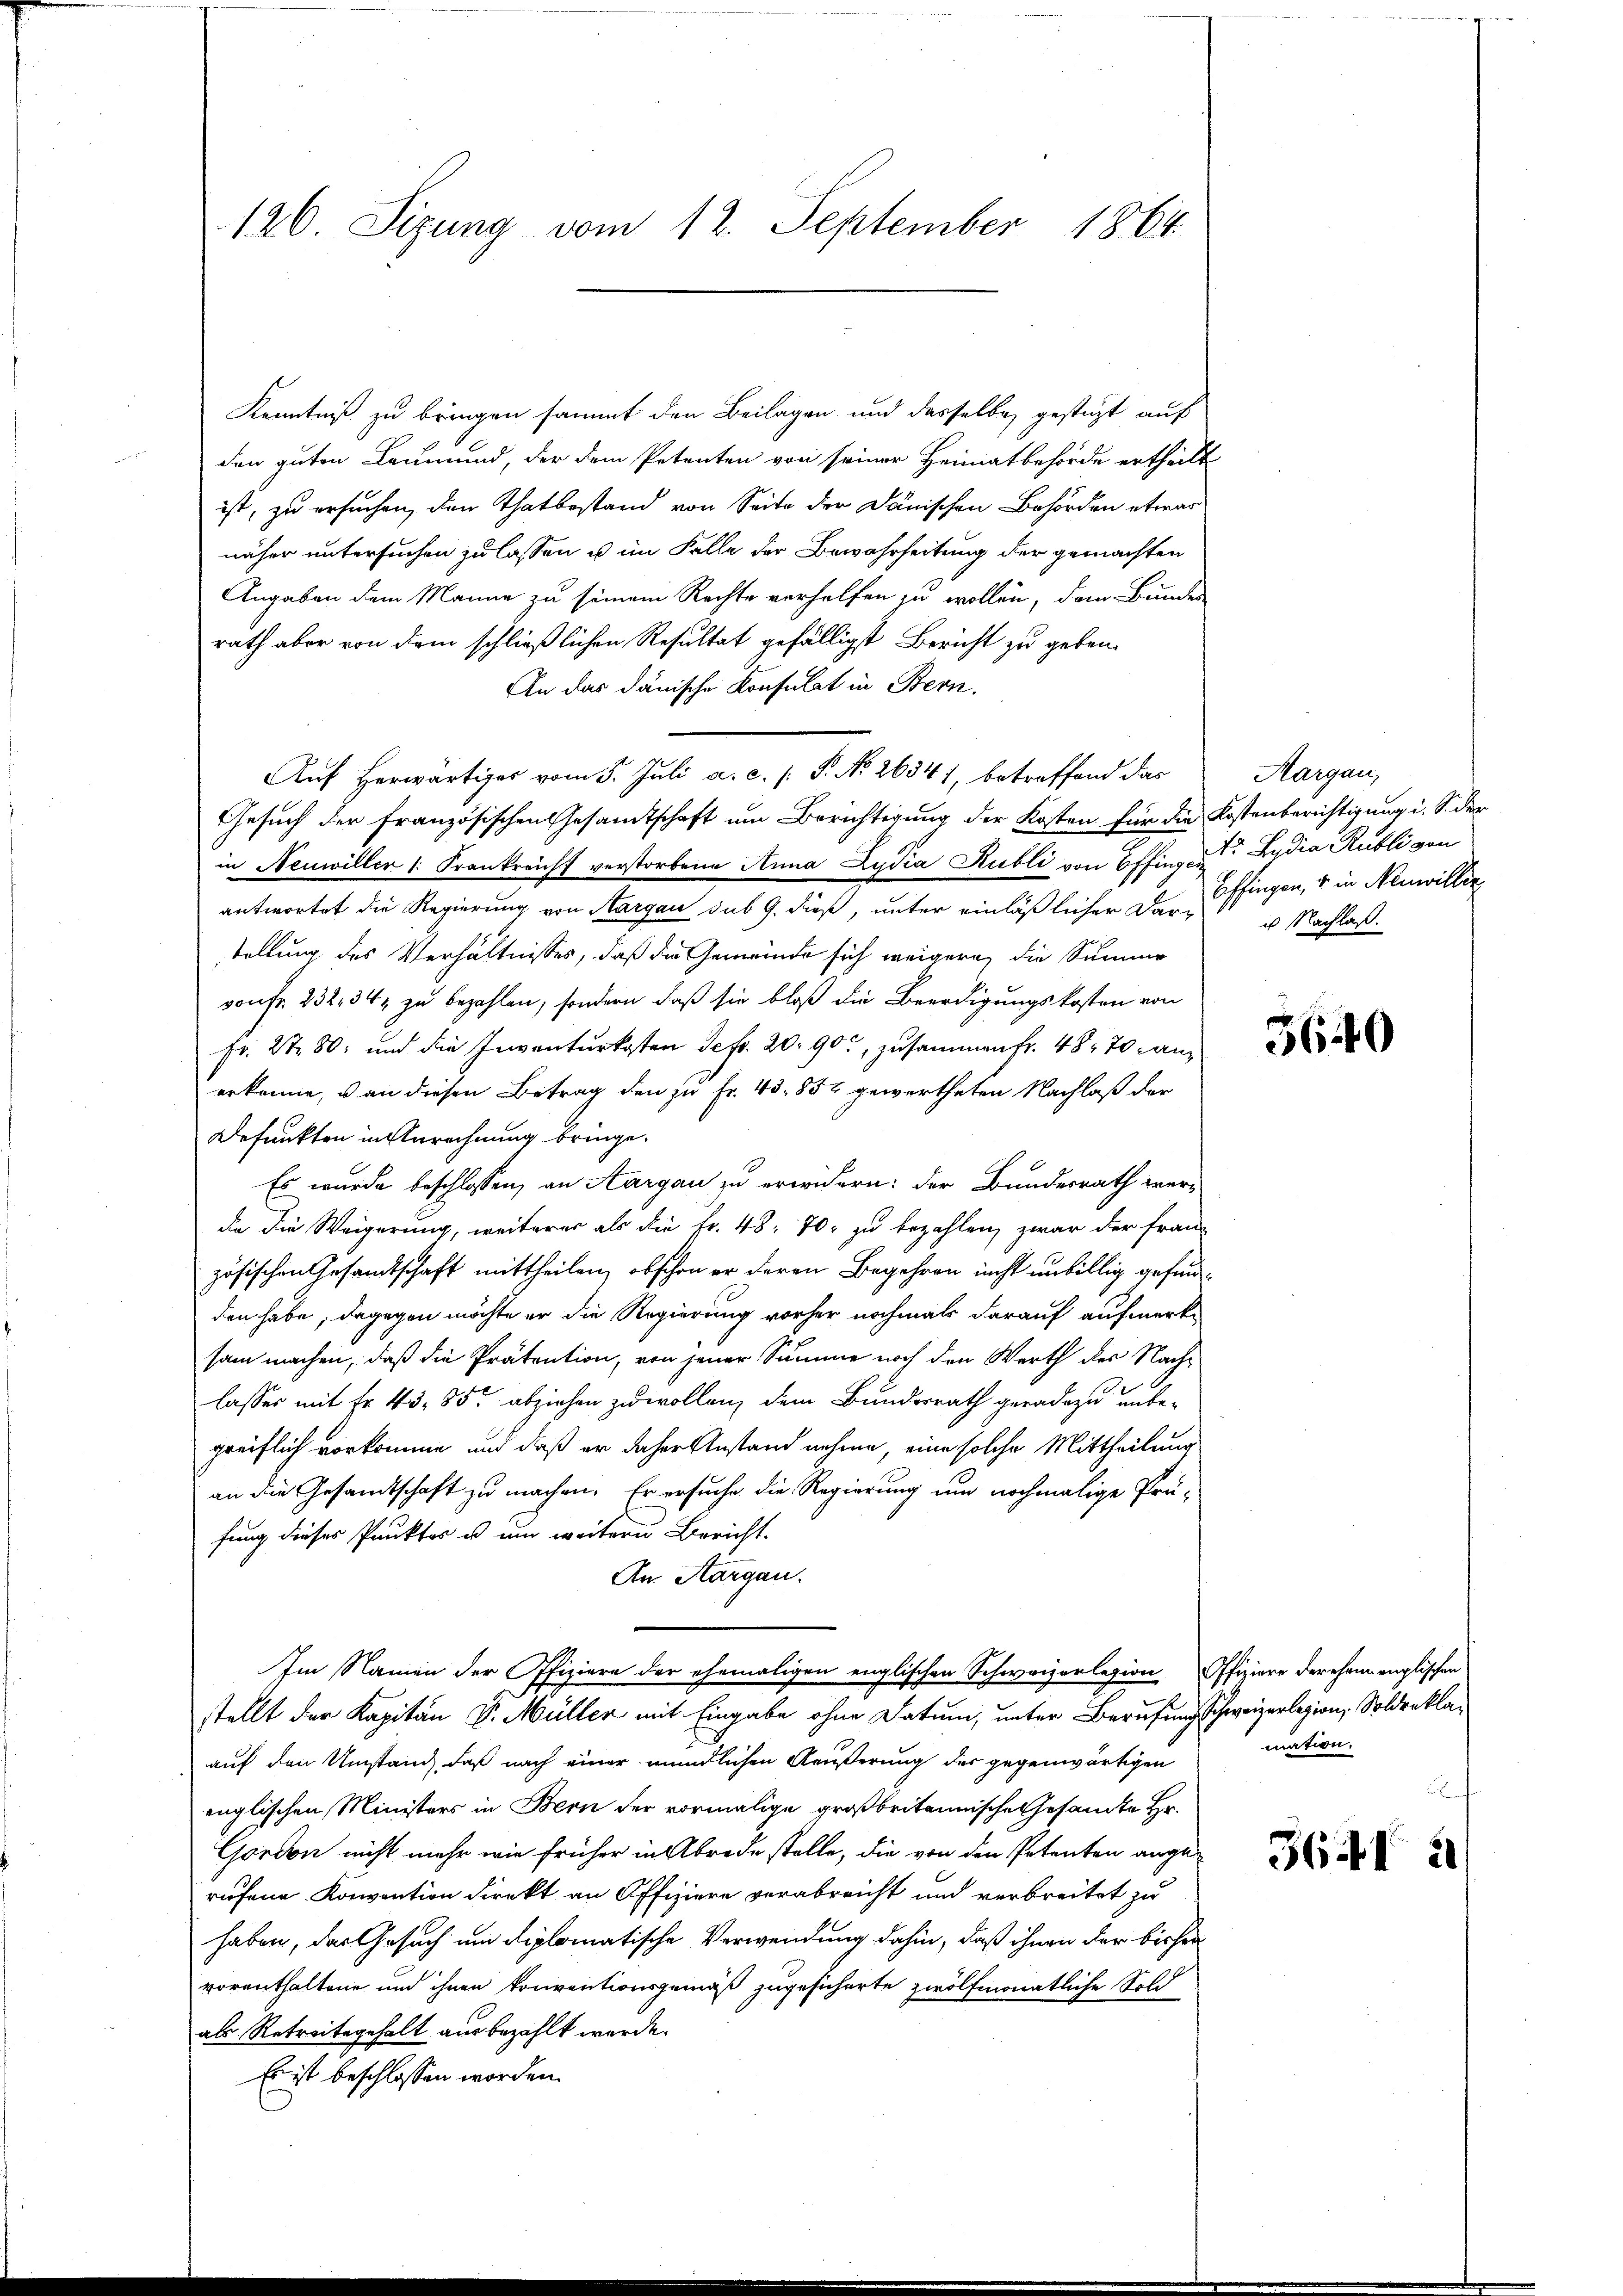
126. Sizung vom 12. September 1864.

Kenntniß zu bringen sammt den Beilagen und dasselbe gestüzt auf
den guten Leumund, der dem Petenten von seiner Heimatbehörde ertheilt
ist, zu ersuchen, den Thatbestand von Seite der Dänischen Behörden etwas
näher untersuchen zu lassen u im Falle der Bewahrheitung der gemachten
Angaben dem Manne zu seinem Rechte verhelfen zu wollen, dem Bunden
rath aber von dem schließlichen Resultat gefälligst Bericht zu geben.
An das dänische Konsulat in Bern.
Auf herwärtiger vom 5. Juli a. c. s. S. No 26341, betreffend das
Gesuch der französischen Gesamtschaft um Berichtigung der Kosten für die Kostenberichtigung i. S. der
in Neuwiller (: Frankreicht verstorbene Anna Lydia Kubli von Offingen Lydia Kubli von
antwortet die Regierung von Aargau sub 9. dieß, unter einläßlicher Dartellung des Verhältnisses, daß die Gemeinde sich weigern, die Summe
vontr. 232, 34, zu bezahlen, sondern, daß sie bloß die Beerdigungskosten von
Fr. 2780, und die Inventurkosten Sefr. 20. 90, zusammen fr. 48, 70 anerkenne, u. an diesen Betrag den zu Fr. 43, 852 gewertheten Nachlaß der
Defunkten in Anrechnung bringe.
Es wurde beschlossen, an Aargau zu erwidern: der Bundesrath werdie die Weigerung, weiterer als die Fr. 48, 70 zu bezahlen, zwar der fran-
zösischen Gesandtschaft mittheilen, obschon er deren Begehren nicht unbillig gefundden habe, dagegen möchte er die Regierung vorher nochmals darauf aufmerksam machen, daß die Prätention, von jener Summe noch den Werth der Nachlasses mit Fr. 43, 85 abziehen zu wollen, dem Bundesrath geradezu unbegreiflich vorkomme und daß er daher Anstand nehme, eine solche Mittheilung
an die Gesandtschaft zu machen. Er ersuche die Regierung um nochmalige Prä-
fung dieser Punktes u um weitern Bericht.
An Aargau.
Im Namen der Ofiziere der ehemaligen englischen Schweizerlegion Offiziere derehen englischen
stellt der Kapitän V. Müller mit Eingabe ohne Datum, unter Berufung schweizerlegion, Soldreklaauf den Umstand, daß nach einer mündlichen Aeußerung der gegenwärtigen
englischen Ministers in Bern der vormalige großbritannische Gesamte Hr.
Gordon nicht mehr wie früher in Abrede stelle, die von den Petenten ange-
rufene Konvention direkt an Offiziere verabreicht und verbreitet zu
haben, das Gesuch um diplomatische Verwendung dahin, daß ihnen der bisher
vorenthaltene und ihnen konventionsgemäß zugesicherte zwölfmonatliche Sold
als Retreitsgehalt aus bezahlt werde.
Es ist beschlossen worden.

Margau,
Effingen, u in Neuwillir
u Nachlaß.

5640

mation.

364I 2